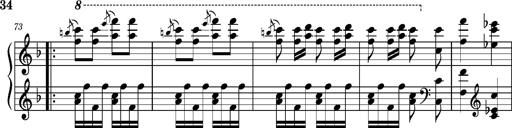
Title: Ungarischer Romanzero
Composer: Franz Liszt